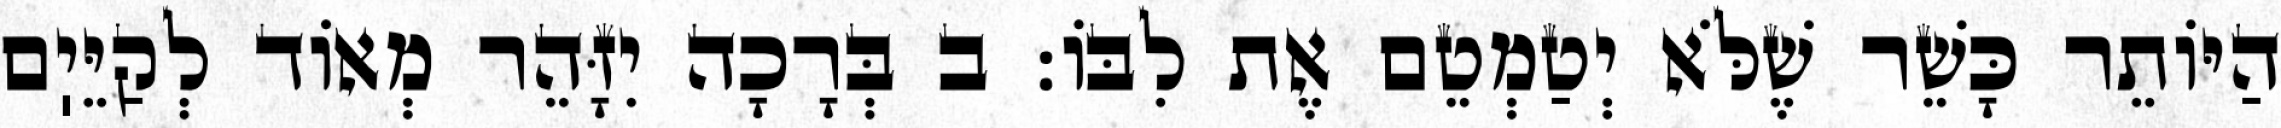
הַיּוֹתֵר כָּשֵׁר שֶׁלֹּא יְטַמְטֵם אֶת לִבּוֹ: ב בְּרָכָה יִזָּהֵר מְאוֹד לְקַיֵּיֽם